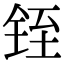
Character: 铚